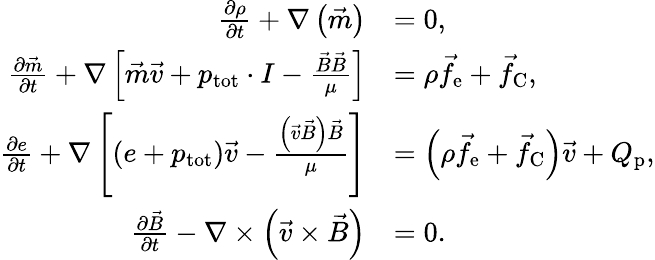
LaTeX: \begin{array}{rl}{\frac{\partial\rho}{\partial t}+\nabla\left(\vec{m}\right)}&{=0,}\\ {\frac{\partial\vec{m}}{\partial t}+\nabla\left[\vec{m}\vec{v}+p_{\mathrm{tot}}\cdot I-\frac{\vec{B}\vec{B}}{\mu}\right]}&{=\rho\vec{f}_{\mathrm{e}}+\vec{f}_{\mathrm{C}},}\\ {\frac{\partial e}{\partial t}+\nabla\left[\left(e+p_{\mathrm{tot}}\right)\vec{v}-\frac{\left(\vec{v}\vec{B}\right)\vec{B}}{\mu}\right]}&{=\left(\rho\vec{f}_{\mathrm{e}}+\vec{f}_{\mathrm{C}}\right)\vec{v}+Q_{\mathrm{p}},}\\ {\frac{\partial\vec{B}}{\partial t}-\nabla\times\left(\vec{v}\times\vec{B}\right)}&{=0.}\end{array}